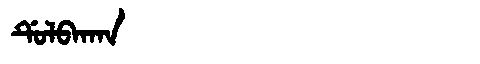
Manchu: ᡩᡠᠯᠪᠠᡴᠠᠨ
Romanization: DULBAKAN